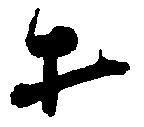
才